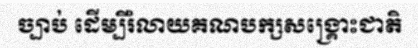
ច្បាប់ ដើម្បីរំលាយគណបក្សសង្គ្រោះជាតិ